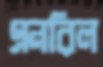
এনরিল